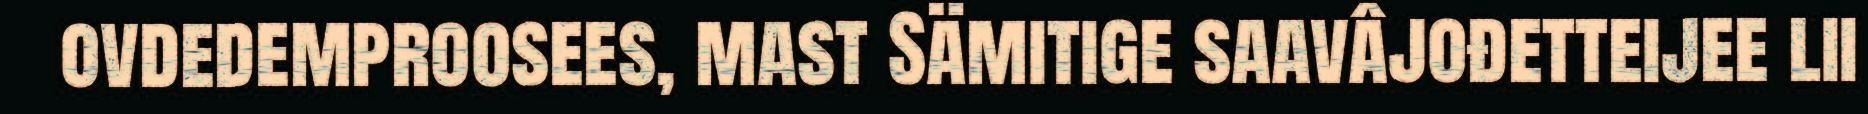
ovdedemproosees, mast Sämitige saavâjođetteijee lii